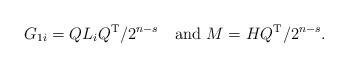
LaTeX: \begin{align*}G_{1i}=QL_iQ^\mathrm{T}/2^{n-s} \ \ \mbox{ and }M=HQ^\mathrm{T}/2^{n-s}.\end{align*}